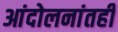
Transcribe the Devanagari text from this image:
आंदोलनांतही